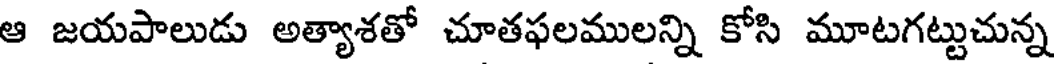
ఆ జయపాలుడు అత్యాశతో చూతఫలములన్ని కోసి మూటగట్టుచున్న